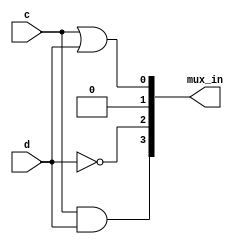
module top_module (
    input c,
    input d,
    output [3:0] mux_in
); 
    
    assign mux_in[0] = c | d;
    assign mux_in[1] = 0;
    assign mux_in[2] = ~d;
    assign mux_in[3] = c & d;

endmodule